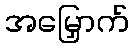
အမြှောက်